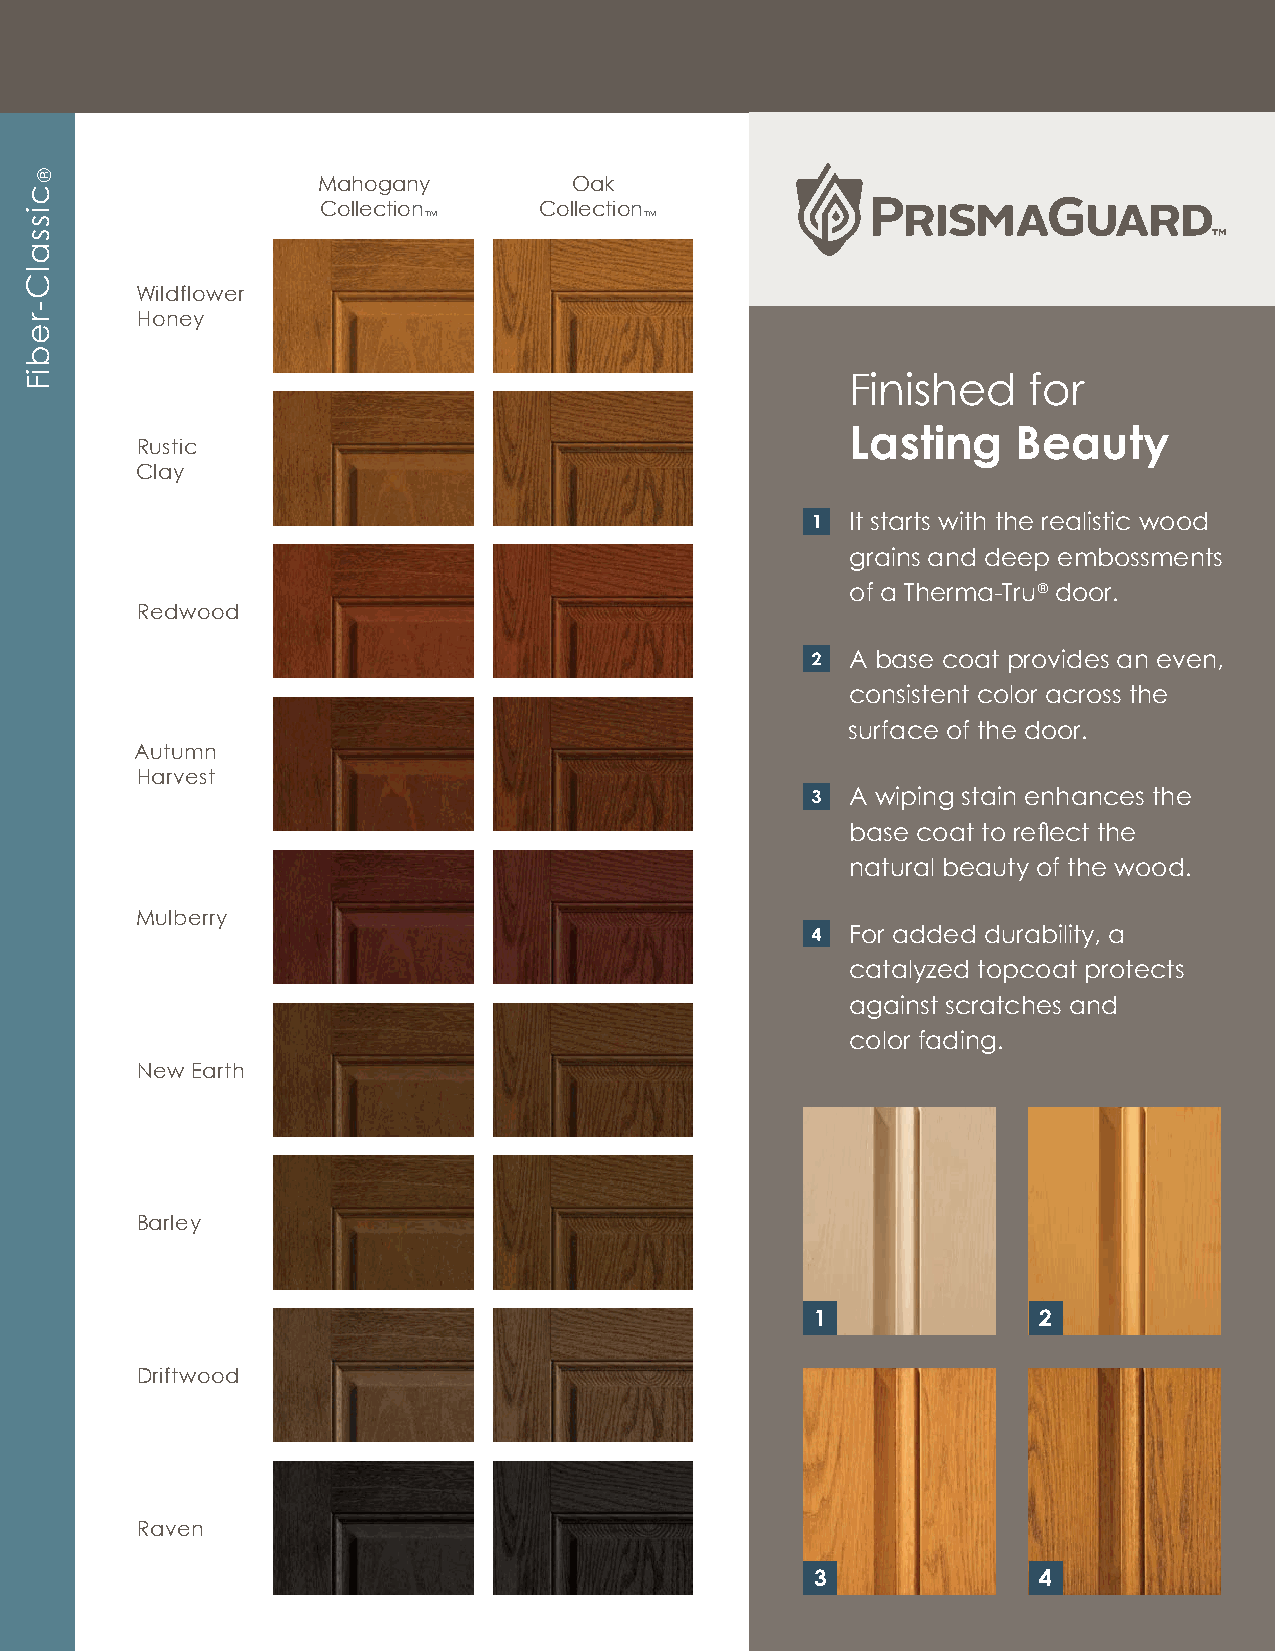
Mahogany         Oak
 Collection     Collection
 ™              ™
 Wildflower
 Honey
 Finished    for
 Lasting    Beauty
 Rustic
 Clay
 It starts with the realistic wood
 grains and deep embossments
 of a Therma-Tru® door.
 Redwood
 A base coat provides an even,
 consistent color across the
 surface of the door.
 Autumn
 Harvest
 A wiping stain enhances the
 base coat to reflect the
 natural beauty of the wood.
 Mulberry
 For added durability, a
 catalyzed topcoat protects
 against scratches and
 color fading.
 New Earth
 Barley
 1              2
 Driftwood
 Raven
 3              4
 cissalC-rebiF
 ®